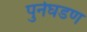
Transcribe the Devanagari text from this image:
पुर्नघडण